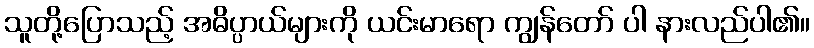
သူတို့ပြောသည့် အဓိပ္ပာယ်များကို ယင်းမာရော ကျွန်တော် ပါ နားလည်ပါ၏။